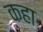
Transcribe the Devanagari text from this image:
कहा